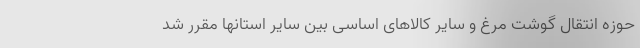
حوزه انتقال گوشت مرغ و سایر کالاهای اساسی بین سایر استانها مقرر شد